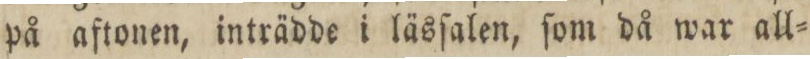
på aftonen, inträdde i läsſalen, ſom då war all=